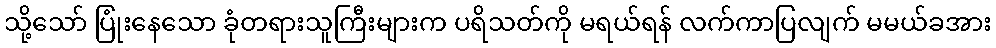
သို့သော် ပြုံးနေသော ခုံတရားသူကြီးများက ပရိသတ်ကို မရယ်ရန် လက်ကာပြလျက် မမယ်ခအား